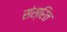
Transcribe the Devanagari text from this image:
संस्रित